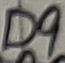
Text: D9